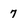
Character: 7